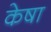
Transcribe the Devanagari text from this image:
केषा